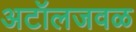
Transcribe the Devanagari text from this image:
अटॉलजवळ